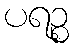
ပရဉ္စ